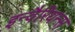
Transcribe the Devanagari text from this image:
इन्वैरियन्स